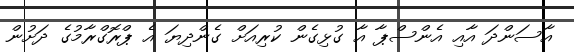
އާސަންދަ އާއި އެންސްޕާ އާ ގުޅިގެން ކުރިއަށް ގެންދިޔަ އެ ޕްރޮގްރާމުގެ ދަށުން